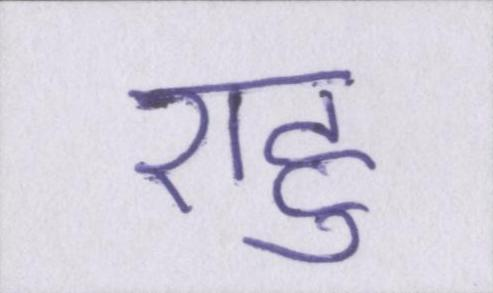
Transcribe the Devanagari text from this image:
राहु